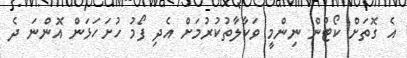
އެ ގޮތަށް ކޯޓުން ނިންމީ ވަކާލާތުކުރުމަށް އެދި ފޯމު ހުށަހަޅަން އޮންނަ ދެ